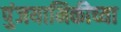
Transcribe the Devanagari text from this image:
पुंजयामिकीच्या